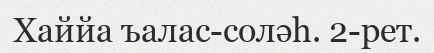
Хаййа ъалас-соләһ. 2-рет.